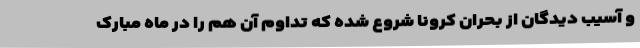
و آسیب دیدگان از بحران کرونا شروع شده که تداوم آن هم را در ماه مبارک